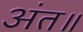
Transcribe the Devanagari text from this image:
अंत॥